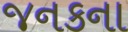
જનકના